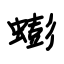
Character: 蟛